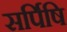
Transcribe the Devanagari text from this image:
सर्पिषि